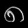
Digit: ၈